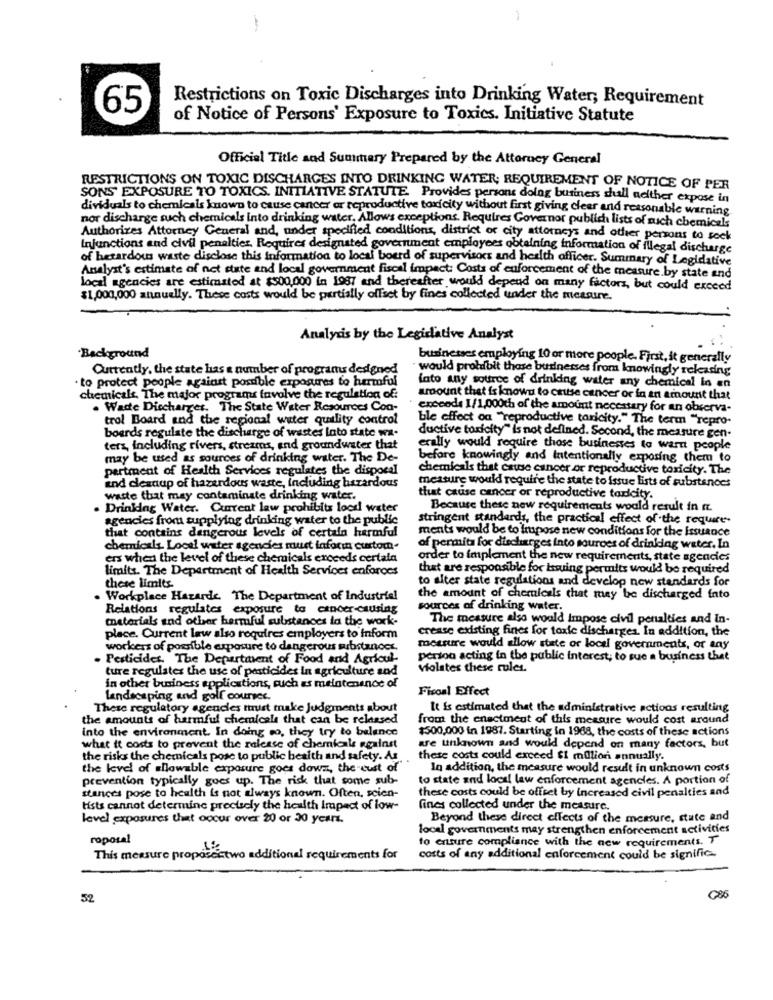
Restrictions on Toxic Discharges into Drinking Water, Requirement
65
of Notice of Persons' Exposure to Toxics. Initiative Statute
Official Title and Summary Prepared by the Attorney General
RESTRICTIONS ON TOXIC DISCHARGES INTO DRINKING WATER; REQUIREMENT OF NOTICE OF PER
SONS EXPOSURE TO TOXICS. INITIATIVE STATUTE. Provides persons dolog business dull nether expose in
dividuals to chemicals known to cause cancer or reproductive toxicity without first giving clear and reasonable warning
nor discharge such chemicals into drinking water, Allows exceptions. Requires Governor publish lists of such chemicals
Authorizes Attorney General and, under specified conditions, district or city attorneys and other persons to sock
Injunctions and civil penalties. Requires designated government employees obtaining information of illegal discharge
of hetardous waste disclose this information to local boerd of supervisors and health officer. Summary of Legidative
Analyst's estimate of not state and local government fiscal impact: Costs of enforcement of the measure by state and
local agencies are estimated at $500,000 in 1987 and thereafter would depend on many factors, but could exceed
$1,000,000 annually. These costs would be partially offset by fines collected under the measure.
Analysis by the Legislative Analyst
Background
businesses employing 10 or more people. First, it generally
Currently, the state has a number of programs designed
would protdoit those businesses from knowingly releasing
. to protect people against possible exposures to harmful
into any source of drinking water any chemical in en
chemicals. The major programs favalve the regulation of:
amount that is known to cutse cancer or fa an amount that
. Waste Discharger. The State Water Resources Con-
exceeds 1/1,000th of the amount necessary for an observa-
trol Board and the regional water quality control
ble effect on "reproductive taxicity." The term "repro-
boerds regulate the discharge of wastes lato state wa.
ductive toxicity" is not defined. Second, the measure gen.
ters, including rivers, streams, and groundwater that
erally would require those businesses to want people
may be used as sources of drinking water. The De-
before knowingly and Intentionally exposing them to
partment of Health Services regulates the disposal
chemicals that cause cancer or reproductive toxicity. The
measure would require the state to issue lists of substances
and destup of hazardous waste, Including hazardous
waste that may contaminate drinking water.
thuat cause cancer or reproductive taricity.
Drinking Water. Current law prohibits locri water
Because these new requirements would result in n.
agencies from supplying drinking water to the public
stringent standards, the practical effect of the require
that contains dangerous levels of certain harmful
ments would be to impose new conditions for the Issuance
chemicals Local water agencies must inforin custom
of permita for discharges into sources of drinking water. In
ers when the level of these chemicals exceeds certala
order to implement the new requirements, state agencies
limits. The Department of Health Services enforces
that are responsible for issuing permits would be required
these limits
to alter state regulations and develop new standards for
. Workplace Hazarde. The Department of Industrial
the amount of chemicals that may be discharged into
Relations regulates exposure to cancer-causing
sources of drinking water.
materials and other harmful substances la the work-
The measure also would Impose civil penalties and In-
crease existing fines for toxic discharges. In addition, the
place. Current law also requires employers to Inform
workers of possible exposure to dangerous substances.
measure would allow state or local governments, or any
. Pesticides. The Department of Food and Agricul-
person acting in the public interest; to sue a business that
ture regulates the use of pesticides in agriculture and
violates these rules.
in other business applications, such as maintenance of
Ficoal Effect
Landscaping and golf courses.
These regulatory agencies thist make Judgments about
It is estimated that the administrative actions resulting
the amounts of harmful chemicals that can be released
from the enactment of this measure would cost around
into the environment. In doing so, they try to balance
$500,000 in 1987. Starting in 1988, the costs of these actions
what it costs to prevent the release of chemicals against
are unknown and would depend on many factors, but
the risks the chemicals pose to public health and safety. As
these costs could exceed $1 million annually.
the level of allowable exposure goes down, the cust of
In addition, the measure would result in unknown costs
prevention typically goes up. The risk that some sub-
to state and local law enforcement agencies. A portion of
these costs could be offset by Increased civil penalties and
stances pose to health is not always known. Often, scien-
lists cannot determine precisely the health Impact of low-
fines collected under the measure.
level exposures that occur over 20 or 30 years.
Beyond these direct effects of the measure, state and
local governments may strengthen enforcement activities
roposal
to ensure compliance with the new requirements. T
This measure proposéstwo additional requirements for
costs of any additional enforcement could be signific-
52
G86